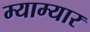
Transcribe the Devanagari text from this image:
म्याम्यार